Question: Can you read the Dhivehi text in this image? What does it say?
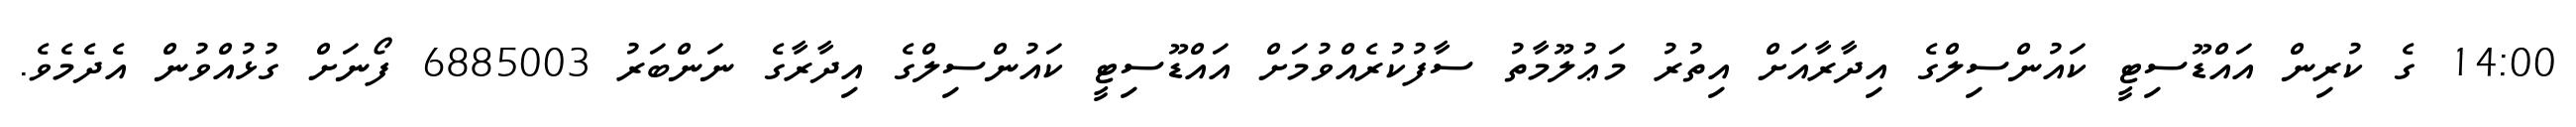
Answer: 14:00 ގެ ކުރިން އައްޑޫސިޓީ ކައުންސިލްގެ އިދާރާއަށް އިތުރު މަޢުލޫމާތު ސާފުކުރެއްވުމަށް އައްޑޫސިޓީ ކައުންސިލްގެ އިދާރާގެ ނަންބަރު 6885003 ފޯނަށް ގުޅުއްވުން އެދެމެވެ.